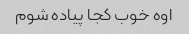
اوه خوب کجا پیاده شوم